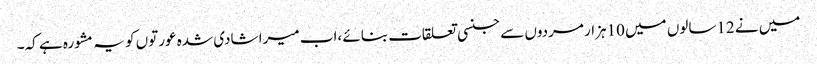
میں نے 12سالوں میں 10ہزار مردوں سے جنسی تعلقات بنائے ،اب میرا شادی شدہ عورتوں کو یہ مشورہ ہے کہ۔